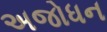
અજોધન